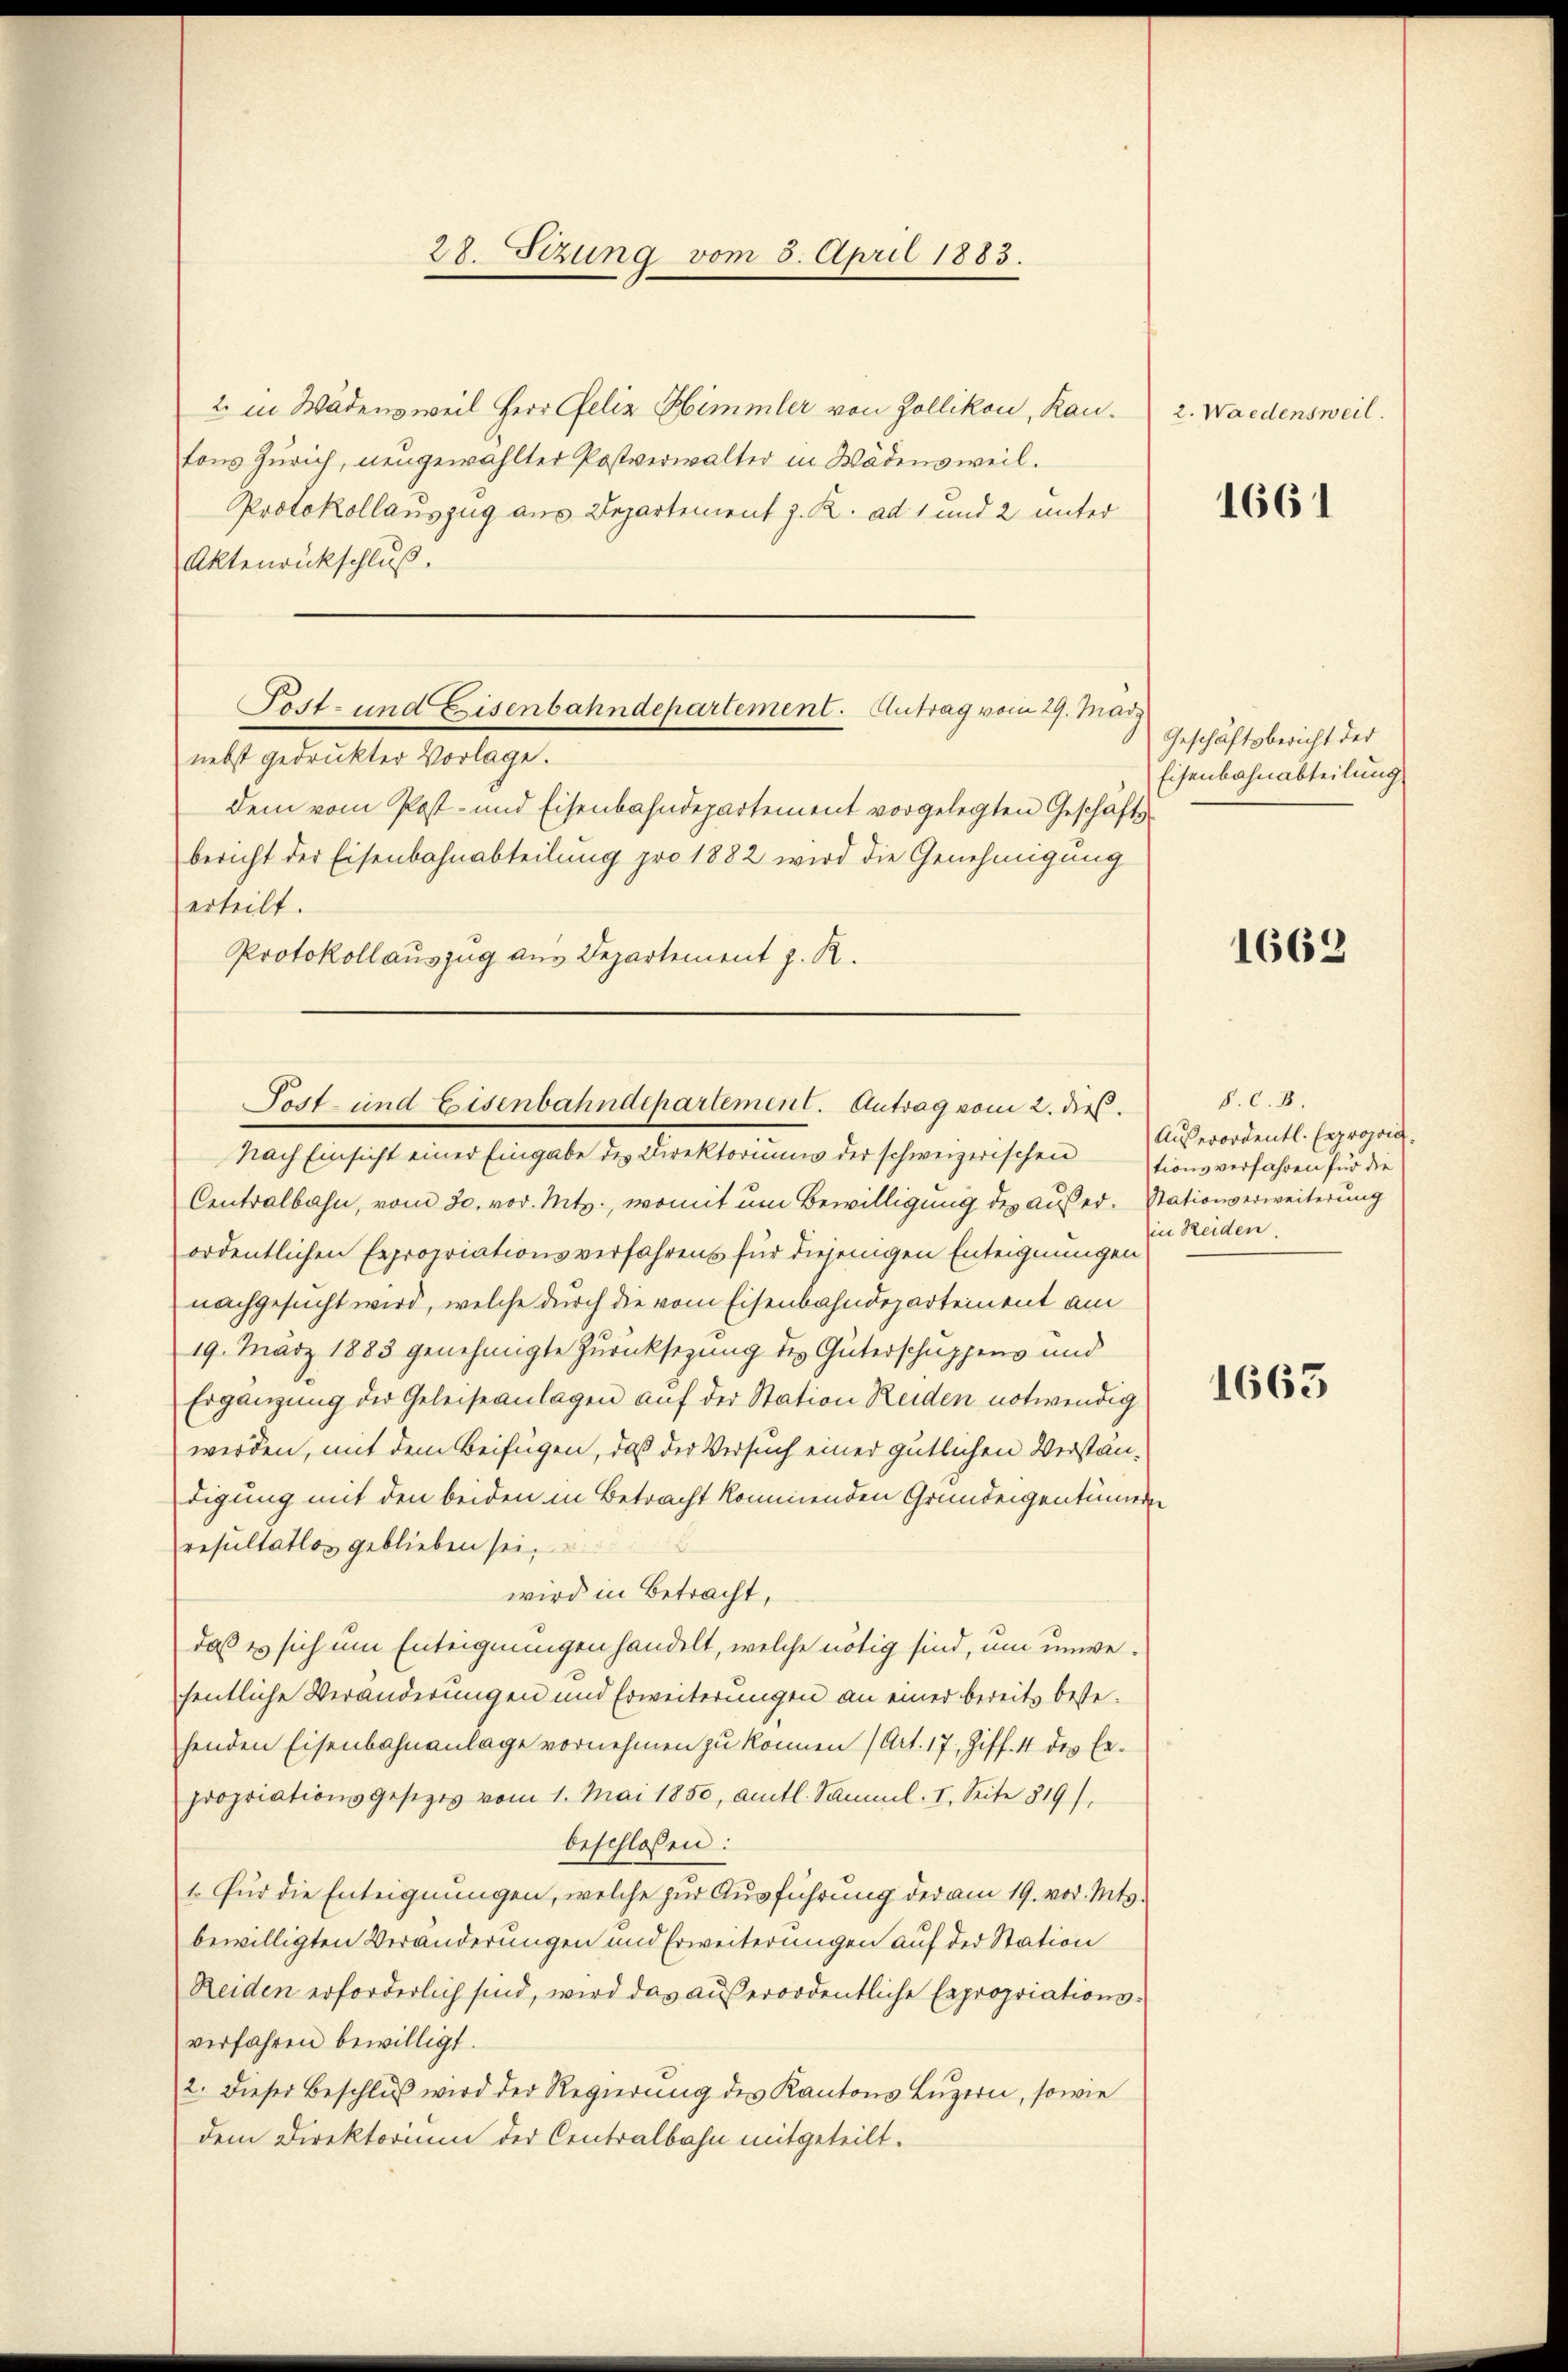
28. Sitzung vom 5. April 1883.

2. in Wädensweil Herr Felix Himmler von Zollikon, Kantons Zürich, neugewählter Postverwalter in Wädensweil.
Protokollauszug aus Departement J. R. ad 1 und 2 unter
Aktenrückschluß.
Post- und Eisenbahndepartement. Antrag vom 29. Mär
nebst gedruckter Vorlage.
dem vom Post- und Eisenbahndepartement vorgelegten Geschäftsbericht der Eisenbahnabteilung pro 1882 wird die Genehmigung
erteilt.
Protokollauszug aus Departement z. R.

Nach Einsicht einer Eingabe des Direktoriums der schweizerischen
Centralbahn, vom 30. vor. Mts., womit um Bewilligung des außer- Stationserweiterung
ordentlichen Expropriationsverfahrens für diejenigen Enteignungen
nachgesucht wird, welche durch die vom Eisenbahndepartement am
19. März 1883 genehmigte Zurücksezung des Güterschuppens und
Ergänzung der Geleiseanlagen auf der Station Reiden notwendig
werden, mit dem Beifügen, daß der Versuch einer gütlichen Verstandigung mit den beiden in Betracht kommenden Grundeigentümern
resultatlos geblieben sei,
wird in Betracht,
daß es sich um Enteignungen handelt, welche nötig sind, um unwefentliche Veränderungen und Erweiterungen an einer bereits bestehenden Eisenbahnanlage vornehmen zu können (Art. 17, Ziff. 4 des bepropriationsgesetzes vom 1. Mai 1850, amtl. Samml. I. Seite 819),
beschloßen:
1. Für die Enteignungen, welche zur Ausführung der am 19. vor. Mts.
bewilligten Veränderungen und Erweiterungen auf der Station
Reiden erforderlich sind, wird das außerordentliche Expropriationsverfahren bewilligt.
2. Dieser Beschluß wird der Regierung des Kantons Luzern, sowie
dem Direktorium der Centralbahn mitgeteilt.

Tost- und Eisenbahndepartement. Antrag vom 2. dieß.

2. Waldensweil.

1661

Geschäftsbericht der
Eisenbahnabteilung

1662

§. c. 8.
Außerordentl. Expropos.
tionsverfahren für die
in Reiden.

1663